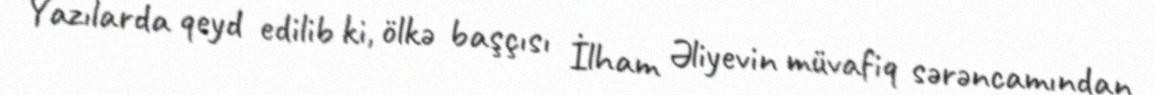
Yazılarda qeyd edilib ki, ölkə başçısı İlham Əliyevin müvafiq sərəncamından